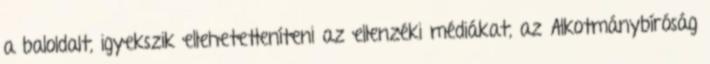
a baloldalt, igyekszik ellehetetleníteni az ellenzéki médiákat, az Alkotmánybíróság